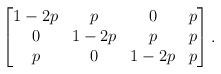
LaTeX: \begin{align*}\begin{bmatrix} 1-2p & p & 0 & p \\ 0 & 1-2p & p & p \\ p & 0 & 1-2p & p \\\end{bmatrix}.\end{align*}